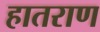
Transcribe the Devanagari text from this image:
हातराण